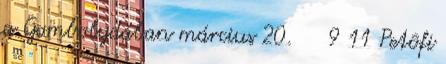
a Gombolydában március 20. 9 11 Petôfi